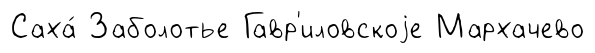
Саха́ Заболотье Гавр'иловскоjе Мархачево